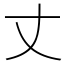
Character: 丈